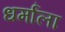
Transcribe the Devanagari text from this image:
धर्मांला